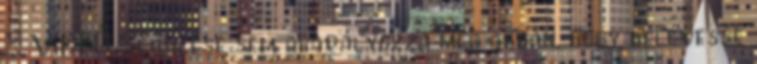
– VIDEÓ Sérülése sem akadályozza meg abban, hogy belevesse